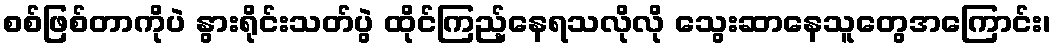
စစ်ဖြစ်တာကိုပဲ နွားရိုင်းသတ်ပွဲ ထိုင်ကြည့်နေရသလိုလို သွေးဆာနေသူတွေအကြောင်း၊